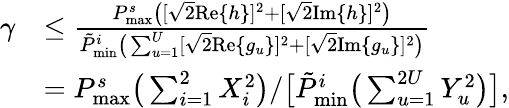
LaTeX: \begin{array}{rl}{\gamma}&{\leq\frac{P_{\textnormal{max}}^{s}\big([\sqrt{2}\textnormal{Re}\{ h\} ]^{2}+[\sqrt{2}\textnormal{Im}\{ h\} ]^{2}\big)}{\tilde{P}_{\textnormal{min}}^{i}\big(\sum_{u=1}^{U}[\sqrt{2}\textnormal{Re}\{ g_{u}\} ]^{2}+[\sqrt{2}\textnormal{Im}\{ g_{u}\} ]^{2}\big)}}\\ &{=P_{\textnormal{max}}^{s}\big(\sum_{i=1}^{2}X_{i}^{2}\big)/\big[\tilde{P}_{\textnormal{min}}^{i}\big(\sum_{u=1}^{2U}Y_{u}^{2}\big)\big],}\end{array}